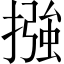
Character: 摾